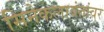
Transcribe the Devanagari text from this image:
सिनेकलावंतांवर